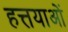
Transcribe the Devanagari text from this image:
हत्तयाओं